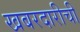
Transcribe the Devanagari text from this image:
खबरदारीची